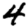
Digit: 4